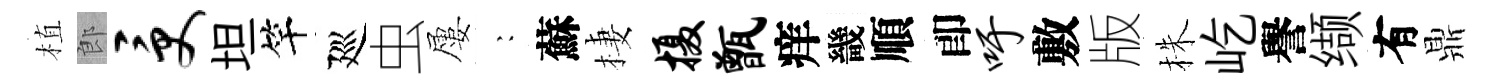
植郎受坦竿廵虫屢巍蘇棲摄甑痒畿順卽吁敷版株屹譽缬有鼎